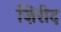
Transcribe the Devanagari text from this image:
ज़िरीद